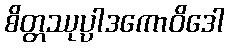
စိတ္တဿုပ္ပါဒကောဝိဒေါ